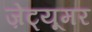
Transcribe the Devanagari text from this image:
ज़ेट्यूमर